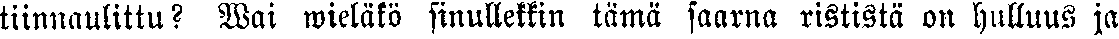
tiinnaulittu? Wai wieläkö sinullekkin tämä saarna rististä on hulluus ja